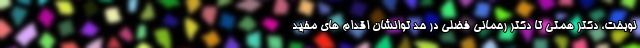
نوبخت، دکتر همتی تا دکتر رحمانی فضلی در حد توانشان اقدام های مفید